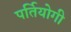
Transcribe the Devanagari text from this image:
पर्तियोगी